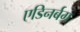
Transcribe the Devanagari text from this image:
एडिनर्बग